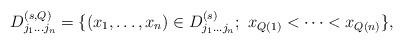
LaTeX: \begin{align*}D_{j_1\dots j_n}^{(s,Q)}=\{(x_1,\dots,x_n)\in D_{j_1\dots j_n}^{(s)};\ x_{Q(1)}<\dots <x_{Q(n)}\},\end{align*}